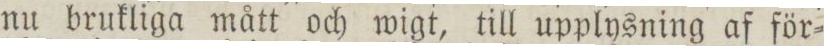
nu brukliga mått och wigt, till upplysning af för=